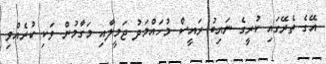
އޭގެ ތެރޭގައި ކުރީގެ ނައިބު ރައީސް މުހައްމަދު ޖަމީލާއި މަގާމުން ވަކި ކުރެއްވި